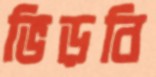
ভিড়বি